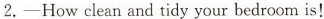
⒉. —How clean and tidy your bedroom is!